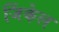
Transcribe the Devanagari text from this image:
जिंकेल